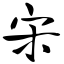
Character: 宋